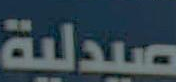
صيدلية